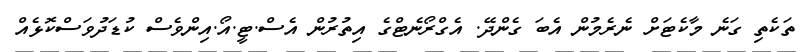
ތަކެތި ގަނެ މާކެޓަށް ނެރެމުން އެބަ ގެންދޭ. އެގްރޯނެޓްގެ އިތުރުން އެސް.ޓީ.އޯ.އިންވެސް ކުޑަދުވަސްކޮޅެއް